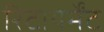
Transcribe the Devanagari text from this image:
रिटायर्मेंट